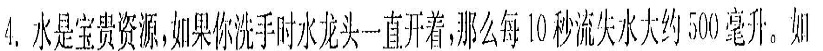
4.水是宝贵资源，如果你洗手时水龙头一直开着，那么每10秒流失水大约500毫升。如